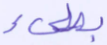
بطيء